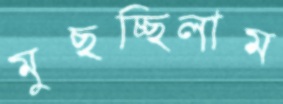
মুছচ্ছিলাম